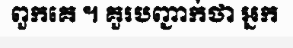
ពួកគេ ។ គួរបញ្ជាក់ថា អ្នក